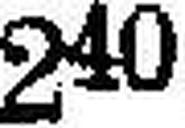
240